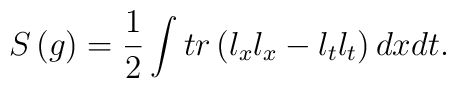
S\left( g\right) =\frac 12\int tr\left( l_xl_x-l_tl_t\right)dxdt.